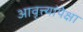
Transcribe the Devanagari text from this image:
आवृत्त्यांपेक्षा